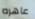
عاهره